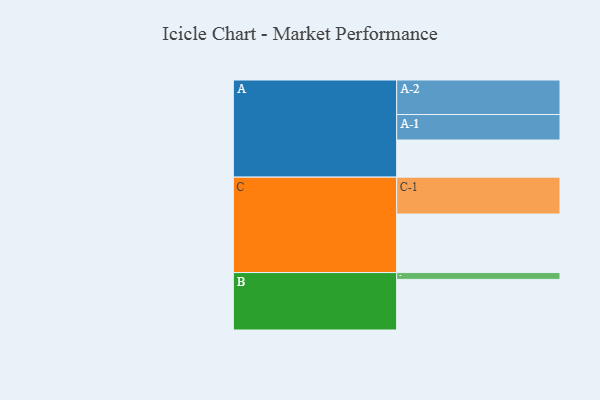
{"axis": {"x": "Segment", "y": "Value"}, "legend": ["", "A", "B", "C"], "data": [{"x": "A", "y": 300, "type": ""}, {"x": "B", "y": 409, "type": ""}, {"x": "C", "y": 473, "type": ""}, {"x": "A-1", "y": 206, "type": "A"}, {"x": "A-2", "y": 279, "type": "A"}, {"x": "B-1", "y": 55, "type": "B"}, {"x": "C-1", "y": 298, "type": "C"}]}